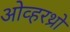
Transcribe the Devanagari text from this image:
ओव्हरथ्रो